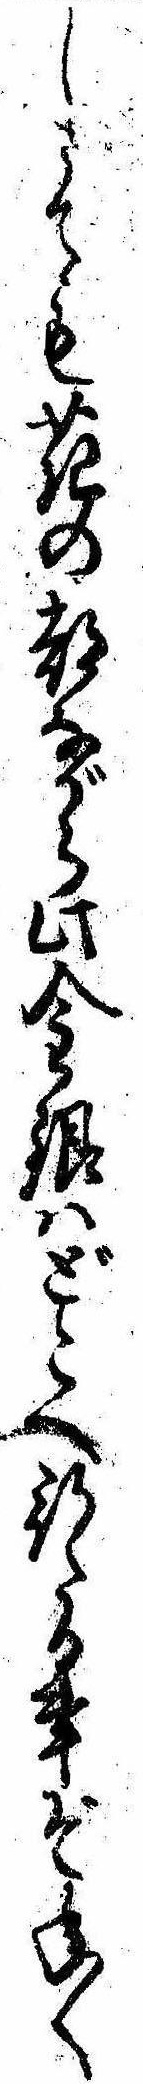
しさても花の都ながら此金銀はどこへ行たる事ぞ年〱